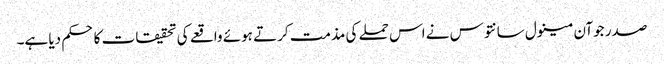
صدر جوآن مینول سانتوس نے اس حملے کی مذمت کرتے ہوئے واقعے کی تحقیقات کا حکم دیا ہے۔